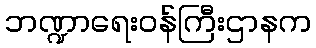
ဘဏ္ဍာရေးဝန်ကြီးဌာနက